Report on horse surra - Volume II, Part II
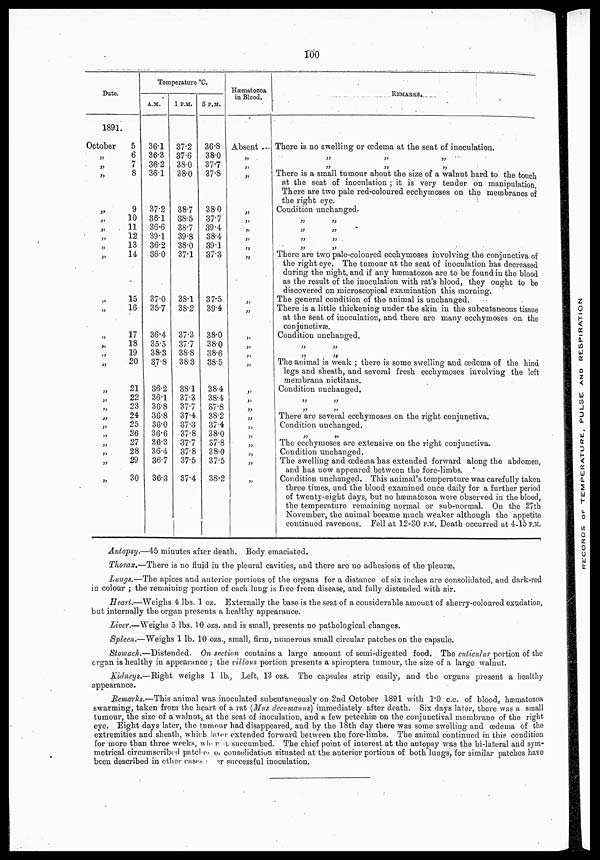
100
Date.
1891.
October
5
„ 6
„ 7
„ 8
„ 9
„ 10
„ 11
„ 12
„ 13
„ 14
„ 15
„ 16
„ 17
„ 18
„ 19
„
20
„ 21
„ 22
„ 23
„ 24
„ 25
„ 26
„ 27
„ 28
„ 29
„ 30
Temperature °C.
A.M.
36.1
36.3
36.2
36.1
37.2
36.1
36.6
39.1
36.2
36.0
37.0
35.7
36.4
35.5
38.3
37.8
36.2
36.1
36.8
36.8
36.0
36.6
36.3
36.4
36.7
36.3
1 P.M.
37.2
37.6
38.0
38.0
38.7
38.5
38.7
39.8
38.0
37.1
38.1
38.2
37.3
37.7
38.8
38.3
38.1
37.3
37.7
37.4
37.3
37.8
37.7
37.8
37.5
37.4
5 P.M.
36.8
38.0
37.7
37.8
38.0
37.7
39.4
38.4
39.1
37.3
37.5
39.4
38.0
38.0
38.6
38.5
38.4
38.4
37.8
38.2
37.4
38.0
37.8
38.0
37.5
38.2
Hæmatozoa
in Blood.
Absent ...
„
„
„
„
„
„
„.
„
„
„
„
„
„
„
„
„
„
„
„
„
„
„
„
REMARKS.
There is no swelling or œdema at the seat of inoculation.
„ „ „
„ „ „
There is a small tumour about the size of a walnut hard to the touch
at the seat of inocnlation ; it is very tender on manipulation,
There are two pale red-coloured ecchymoses on the membranes of
the right eye.
Condition unchanged.
„ „
„ „
„ „
„ „
There are two pale-coloured ecchymoses involving the conjunctiva of
the right eye. The tumour at the seat of inoculation has decreased
during the night, and if any hæmatozoa are to be found in the blood
as the result of the inoculation with rat's blood, they ought to be
discovered on microscopical examination this morning.
The general condition of the animal is unchanged.
There is a little thickening under the skin in the subcutaneous tissue
at the seat of inoculation, and there are many ecchymoses on the
conjunctivæ.
Condition unchanged.
„ „
„ „
The animal is weak ; there is some swelling and œdema of the hind
legs and sheath, and several fresh ecchymoses involving the left
membrana nictitans.
Condition unchanged.
„ „
„ „
There are several ecchymoses on the right conjunctiva.
Condition unchanged.
The ecchymoses are extensive on the right conjunctiva.
Condition unchanged.
The swelling and œdema has extended forward along the abdomen,
and has now appeared between the fore-limbs.
Condition unchanged. This animal's temperature was carefully taken
three times, and the blood examined once daily for a further period
of twenty-eight days, but no hæmatozoa were observed in the blood,
the temperature remaining normal or sub-normal. On the 27th
November, the animal became much weaker although the appetite
continued ravenous. Fell at 12-30 P.M. Death occurred at 4-15 P.M.
Autopsy.—45 minutes after death. Body emaciated.
Thorax.—There is no fluid in the pleural cavities, and there are no adhesions of the pleuræ.
Lungs.—The apices and anterior portions of the organs for a distance of six inches are consolidated, and dark-red
in colour ; the remaining portion of each lung is free from disease, and fully distended with air.
Heart.—Weighs 4 lbs. 1 oz. Externally the base is the seat of a considerable amount of sherry-coloured exudation,
but internally the organ presents a healthy appearance.
Liver.—Weighs 5 lbs. 10 ozs. and is small, presents no pathological changes.
Spleen.—Weighs 1 lb. 10 ozs., small, firm, numerous small circular patches on the capsule.
Stomach.—Distended.
On section contains a large amount of semi-digested food. The cuticular portion of the
organ is healthy in appearance ; the villous portion presents a spiroptera tumour, the size of a large walnut.
Kidneys.—Right weighs 1 lb., Left, 13 ozs. The capsules strip easily, and the organs present a healthy
appearance.
Remarks.—This animal was inoculated subcutaneously on 2nd October 1891 with 1.0 c.c. of blood, hæmatozoa
swarming, taken from the heart of a rat (Mus decumanus) immediately after death. Six days later, there was a small
tumour, the size of a walnut, at the seat of inoculation, and a few petechiæ on the conjunctival membrane of the right
eye. Eight days later, the tumour had disappeared, and by the 18th day there was some swelling and œdema of the
extremities and sheath, which later extended forward between the fore-limbs. The animal continued in this condition
for more than three weeks, when it succumbed. The chief point of interest at the autopsy was the bi-lateral and sym¬
metrical circumscribed patches or consolidation situated at the anterior portions of both lungs, for similar patches have
been described in other cases as per successful inoculation.